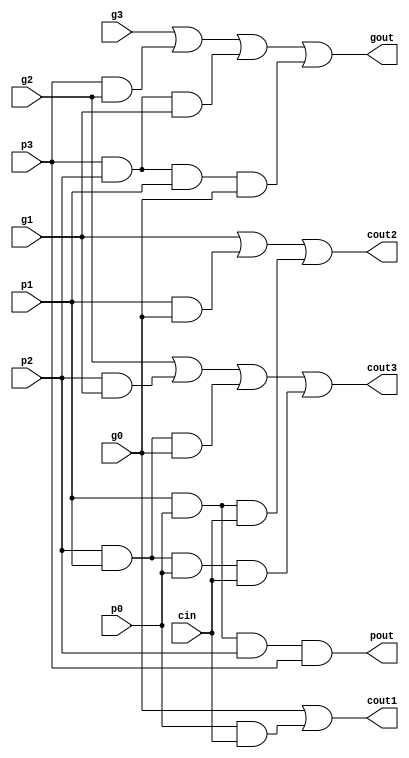
module bclg4_s (cout3,cout2,cout1,gout,pout,g3,g2,g1,g0,p3,p2,p1,p0,cin);

input g3,g2,g1,g0,p3,p2,p1,p0;
input cin;
output cout3,cout2,cout1;
output gout,pout;
wire s1,s2,s3,s4,s5,s6,t1,t2,t3;

and a1 (s1,p0,cin);
or o1 (cout1,g0,s1);
and a2 (s2,p1,g0);
and a3 (s3,p1,p0,cin);
or o2 (cout2,g1,s2,s3);
and a4 (s4,p2,g1);
and a5 (s5,p2,p1,g0);
and a6 (s6,p2,p1,p0,cin);
or o3 (cout3,g2,s4,s5,s6);
and a7 (t1,p3,g2);
and a8 (t2,p3,p2,g1);
and a9 (t3,p3,p2,p1,g0);
or o4 (gout,g3,t1,t2,t3);
and a10 (pout,p0,p1,p2,p3);

endmodule